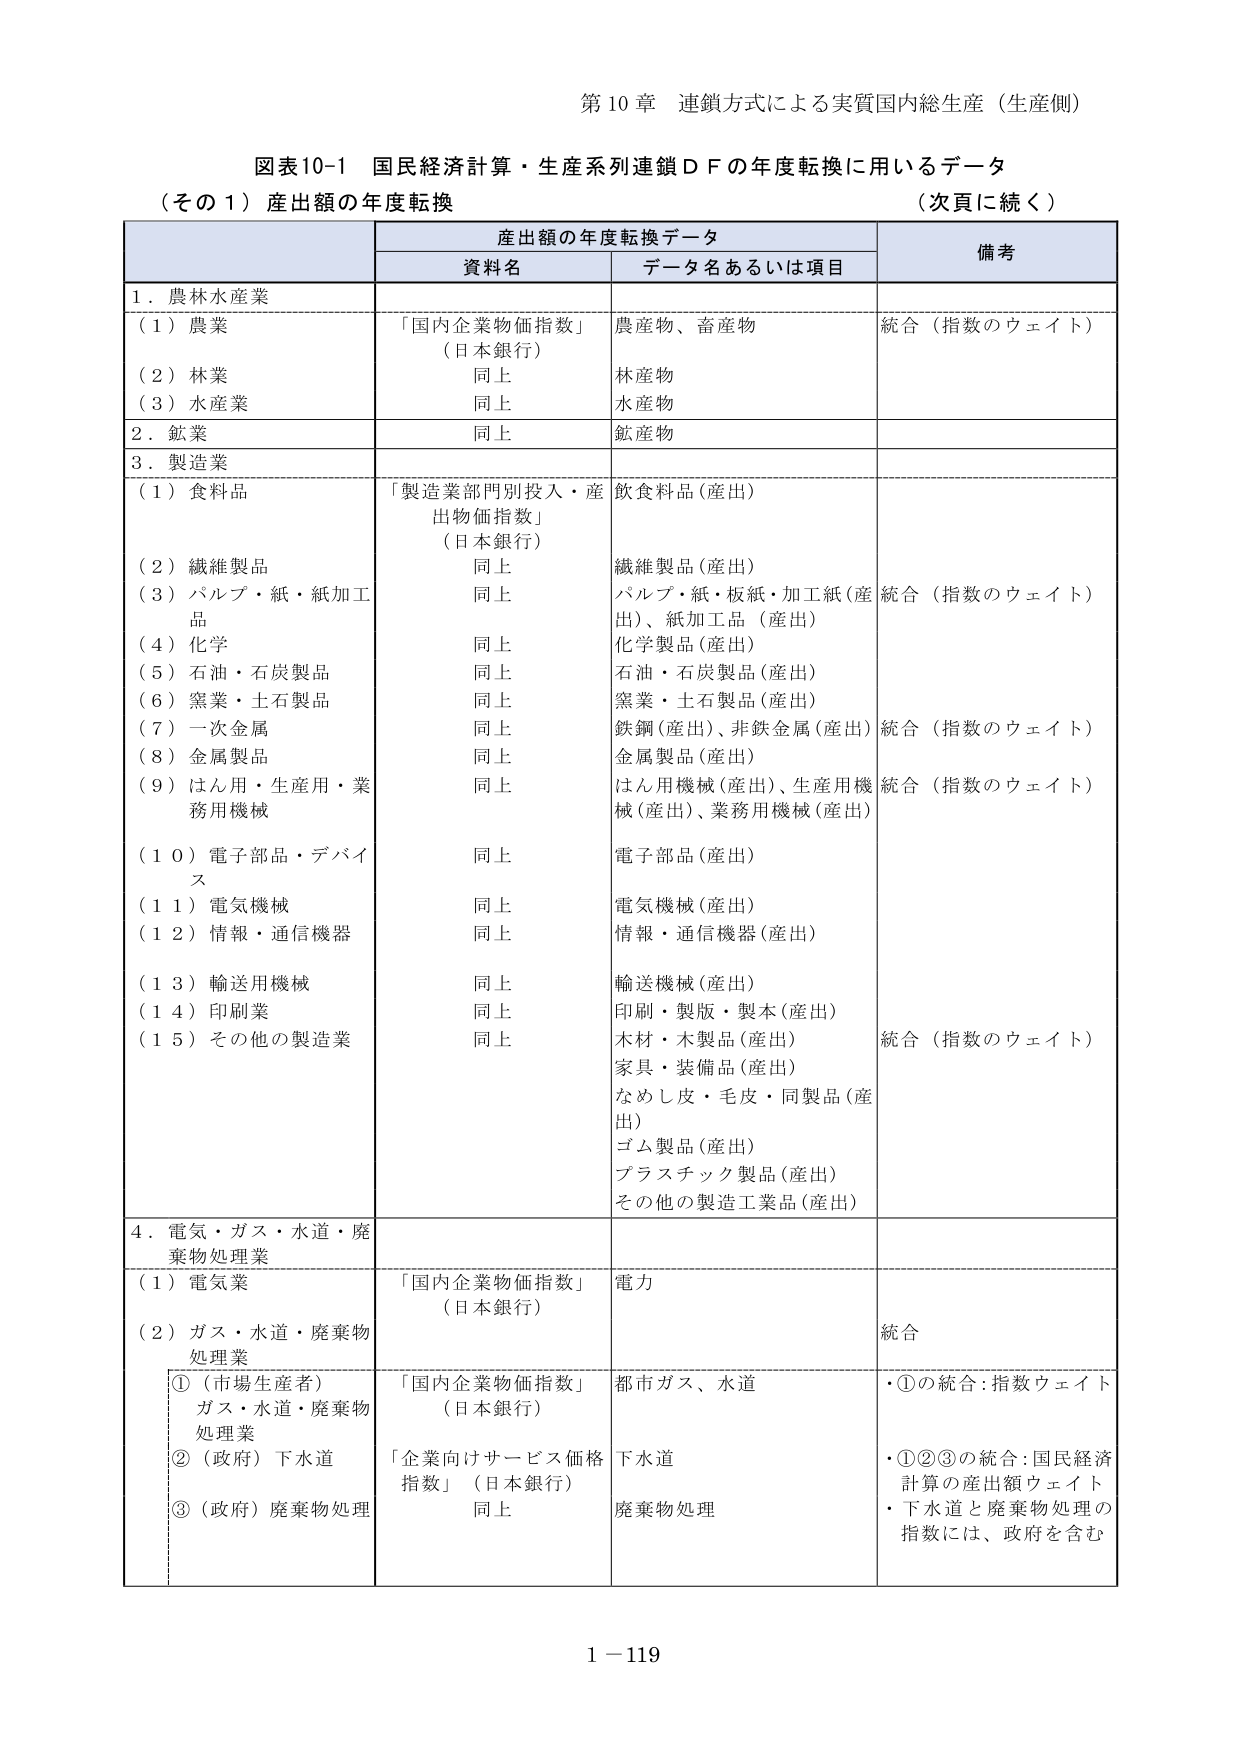
第10章 連鎖方式による実質国内総生産（生産側）

図表10-1 国民経済計算・生産系列連鎖ＤＦの年度転換に用いるデータ
（その１）産出額の年度転換 （次頁に続く）

産出額の年度転換データ
資料名 データ名あるいは項目 備考

1．農林水産業
（1）農業 「国内企業物価指数」（日本銀行） 農産物、畜産物 統合（指数のウェイト）
（2）林業 同上 林産物
（3）水産業 同上 水産物

2．鉱業 同上 鉱産物

3．製造業
（1）食料品 「製造業部門別投入・産出物価指数」（日本銀行） 飲食料品（産出）
（2）繊維製品 同上 繊維製品（産出）
（3）パルプ・紙・紙加工品 同上 パルプ・紙・板紙・加工紙（産出）、紙加工品（産出） 統合（指数のウェイト）
（4）化学 同上 化学製品（産出）
（5）石油・石炭製品 同上 石油・石炭製品（産出）
（6）窯業・土石製品 同上 窯業・土石製品（産出）
（7）一次金属 同上 鉄鋼（産出）、非鉄金属（産出） 統合（指数のウェイト）
（8）金属製品 同上 金属製品（産出）
（9）はん用・生産用・業務用機械 同上 はん用機械（産出）、生産用機械（産出）、業務用機械（産出） 統合（指数のウェイト）
（10）電子部品・デバイス 同上 電子部品（産出）
（11）電気機械 同上 電気機械（産出）
（12）情報・通信機器 同上 情報・通信機器（産出）
（13）輸送用機械 同上 輸送機械（産出）
（14）印刷業 同上 印刷・製版・製本（産出）
（15）その他の製造業 同上 木材・木製品（産出）、家具・装備品（産出）、なめし皮・毛皮・同製品（産出）、ゴム製品（産出）、プラスチック製品（産出）、その他の製造工業品（産出） 統合（指数のウェイト）

4．電気・ガス・水道・廃棄物処理業
（1）電気業 「国内企業物価指数」（日本銀行） 電力
（2）ガス・水道・廃棄物処理業
　①（市場生産者）ガス・水道・廃棄物処理業 「国内企業物価指数」（日本銀行） 都市ガス、水道 ・①の統合：指数ウェイト
　②（政府）下水道 「企業向けサービス価格指数」（日本銀行） 下水道 ・①②③の統合：国民経済計算の産出額ウェイト
　③（政府）廃棄物処理 同上 廃棄物処理 ・下水道と廃棄物処理の指数には、政府を含む

1－119